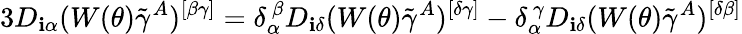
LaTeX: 3D_{\mathbf{i}\alpha}(W(\theta)\tilde{{\gamma}}^{A})^{[\beta\gamma]}=\delta_{\alpha}^{~\beta}D_{\mathbf{i}\delta}(W(\theta)\tilde{{\gamma}}^{A})^{[\delta\gamma]}-\delta_{\alpha}^{~\gamma}D_{\mathbf{i}\delta}(W(\theta)\tilde{{\gamma}}^{A})^{[\delta\beta]}